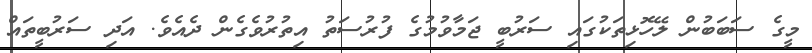
މީގެ ސަބަބުން ލޭހޮޅިތަކުގައި ސަރުބީ ޖަމާވުމުގެ ފުރުސަތު އިތުރުވެގެން ދެއެވެ. އަދި ސަރުބީތައް